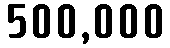
500,000